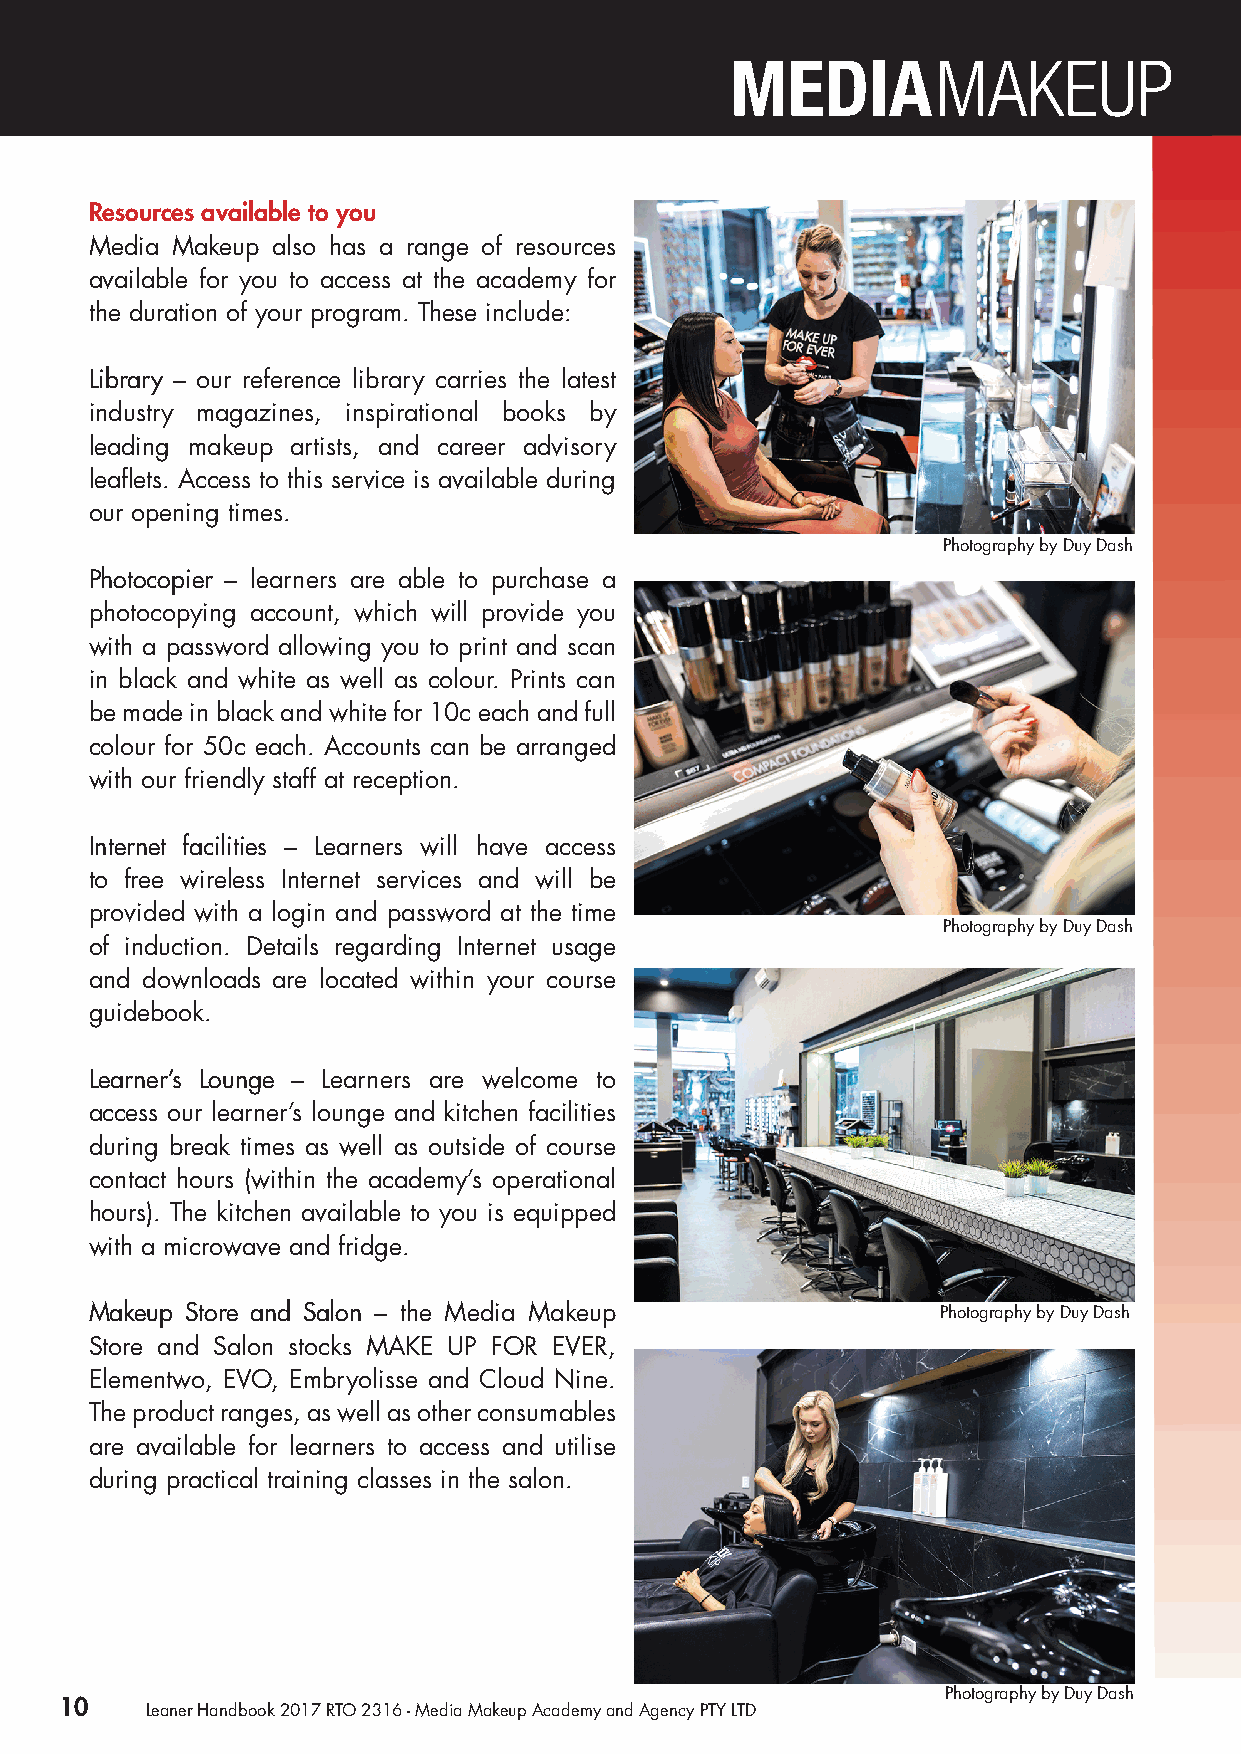
Resources available to you
 Media Makeup also has a range of resources
 available for you to access at the academy for
 the duration of your program. These include:
 Library – our reference library carries the latest
 industry magazines, inspirational books by
 leading makeup artists, and career advisory
 leaflets. Access to this service is available during
 our opening times.
 Photography by Duy Dash
 Photocopier – learners are able to purchase a
 photocopying account, which will provide you
 with a password allowing you to print and scan
 in black and white as well as colour. Prints can
 be made in black and white for 10c each and full
 colour for 50c each. Accounts can be arranged
 with our friendly staff at reception.
 Internet facilities – Learners will have access
 to free wireless Internet services and will be
 provided with a login and password at the time
 Photography by Duy Dash
 of induction. Details regarding Internet usage
 and downloads are located within your course
 guidebook.
 Learner’s Lounge – Learners are welcome to
 access our learner’s lounge and kitchen facilities
 during break times as well as outside of course
 contact hours (within the academy’s operational
 hours). The kitchen available to you is equipped
 with a microwave and fridge.
 Makeup Store and Salon – the Media Makeup               Photography by Duy Dash
 Store and Salon stocks MAKE UP FOR EVER,
 Elementwo, EVO, Embryolisse and Cloud Nine.
 The product ranges, as well as other consumables
 are available for learners to access and utilise
 during practical training classes in the salon.
 Photography by Duy Dash
 10    Leaner Handbook 2017 RTO 2316 - Media Makeup Academy and Agency PTY LTD